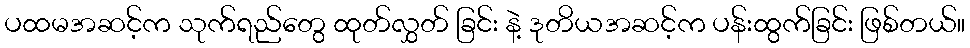
ပထမအဆင့်က သုက်ရည်တွေ ထုတ်လွှတ် ခြင်း နဲ့ ဒုတိယအဆင့်က ပန်းထွက်ခြင်း ဖြစ်တယ်။